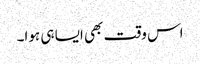
اس وقت بھی ایسا ہی ہوا۔